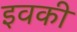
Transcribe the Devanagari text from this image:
इवकी